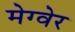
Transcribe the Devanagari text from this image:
मेग्वेर